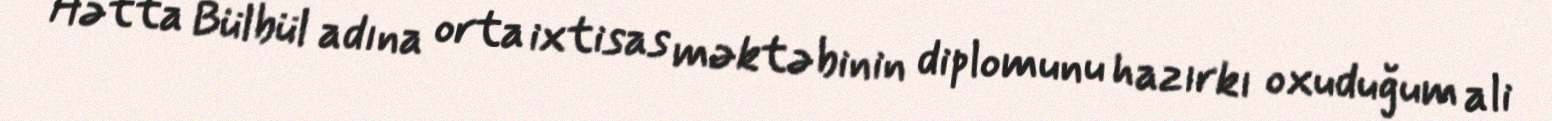
Hətta Bülbül adına orta ixtisas məktəbinin diplomunu hazırkı oxuduğum ali